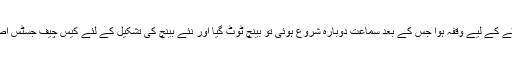
کیس کی سماعت میں آدھے گھنٹے کے لیے وقفہ ہوا جس کے بعد سماعت دوبارہ شروع ہوئی تو بینچ ٹوٹ گیا اور نئے بینچ کی تشکیل کے لئے کیس چیف جسٹس آصف سعید کھوسہ کو بھجوا دیاگیا۔